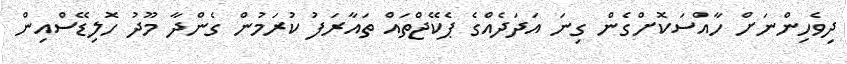
ދިވެހިންނަށް ހާއްސަކޮށްގެން ގިނަ އަދަދެއްގެ ޕެކޭޖްތައް ތައާރަފު ކުރަމުން ގެންދާ މޫދު ހޮލިޑޭސްއިން